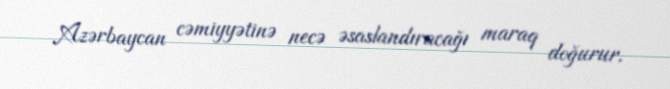
Azərbaycan cəmiyyətinə necə əsaslandıracağı maraq doğurur.